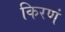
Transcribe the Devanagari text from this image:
किरणं